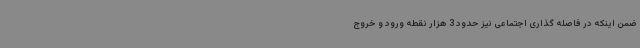
ضمن اینکه در فاصله گذاری اجتماعی نیز حدود 3 هزار نقطه ورود و خروج